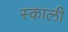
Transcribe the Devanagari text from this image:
स्काली